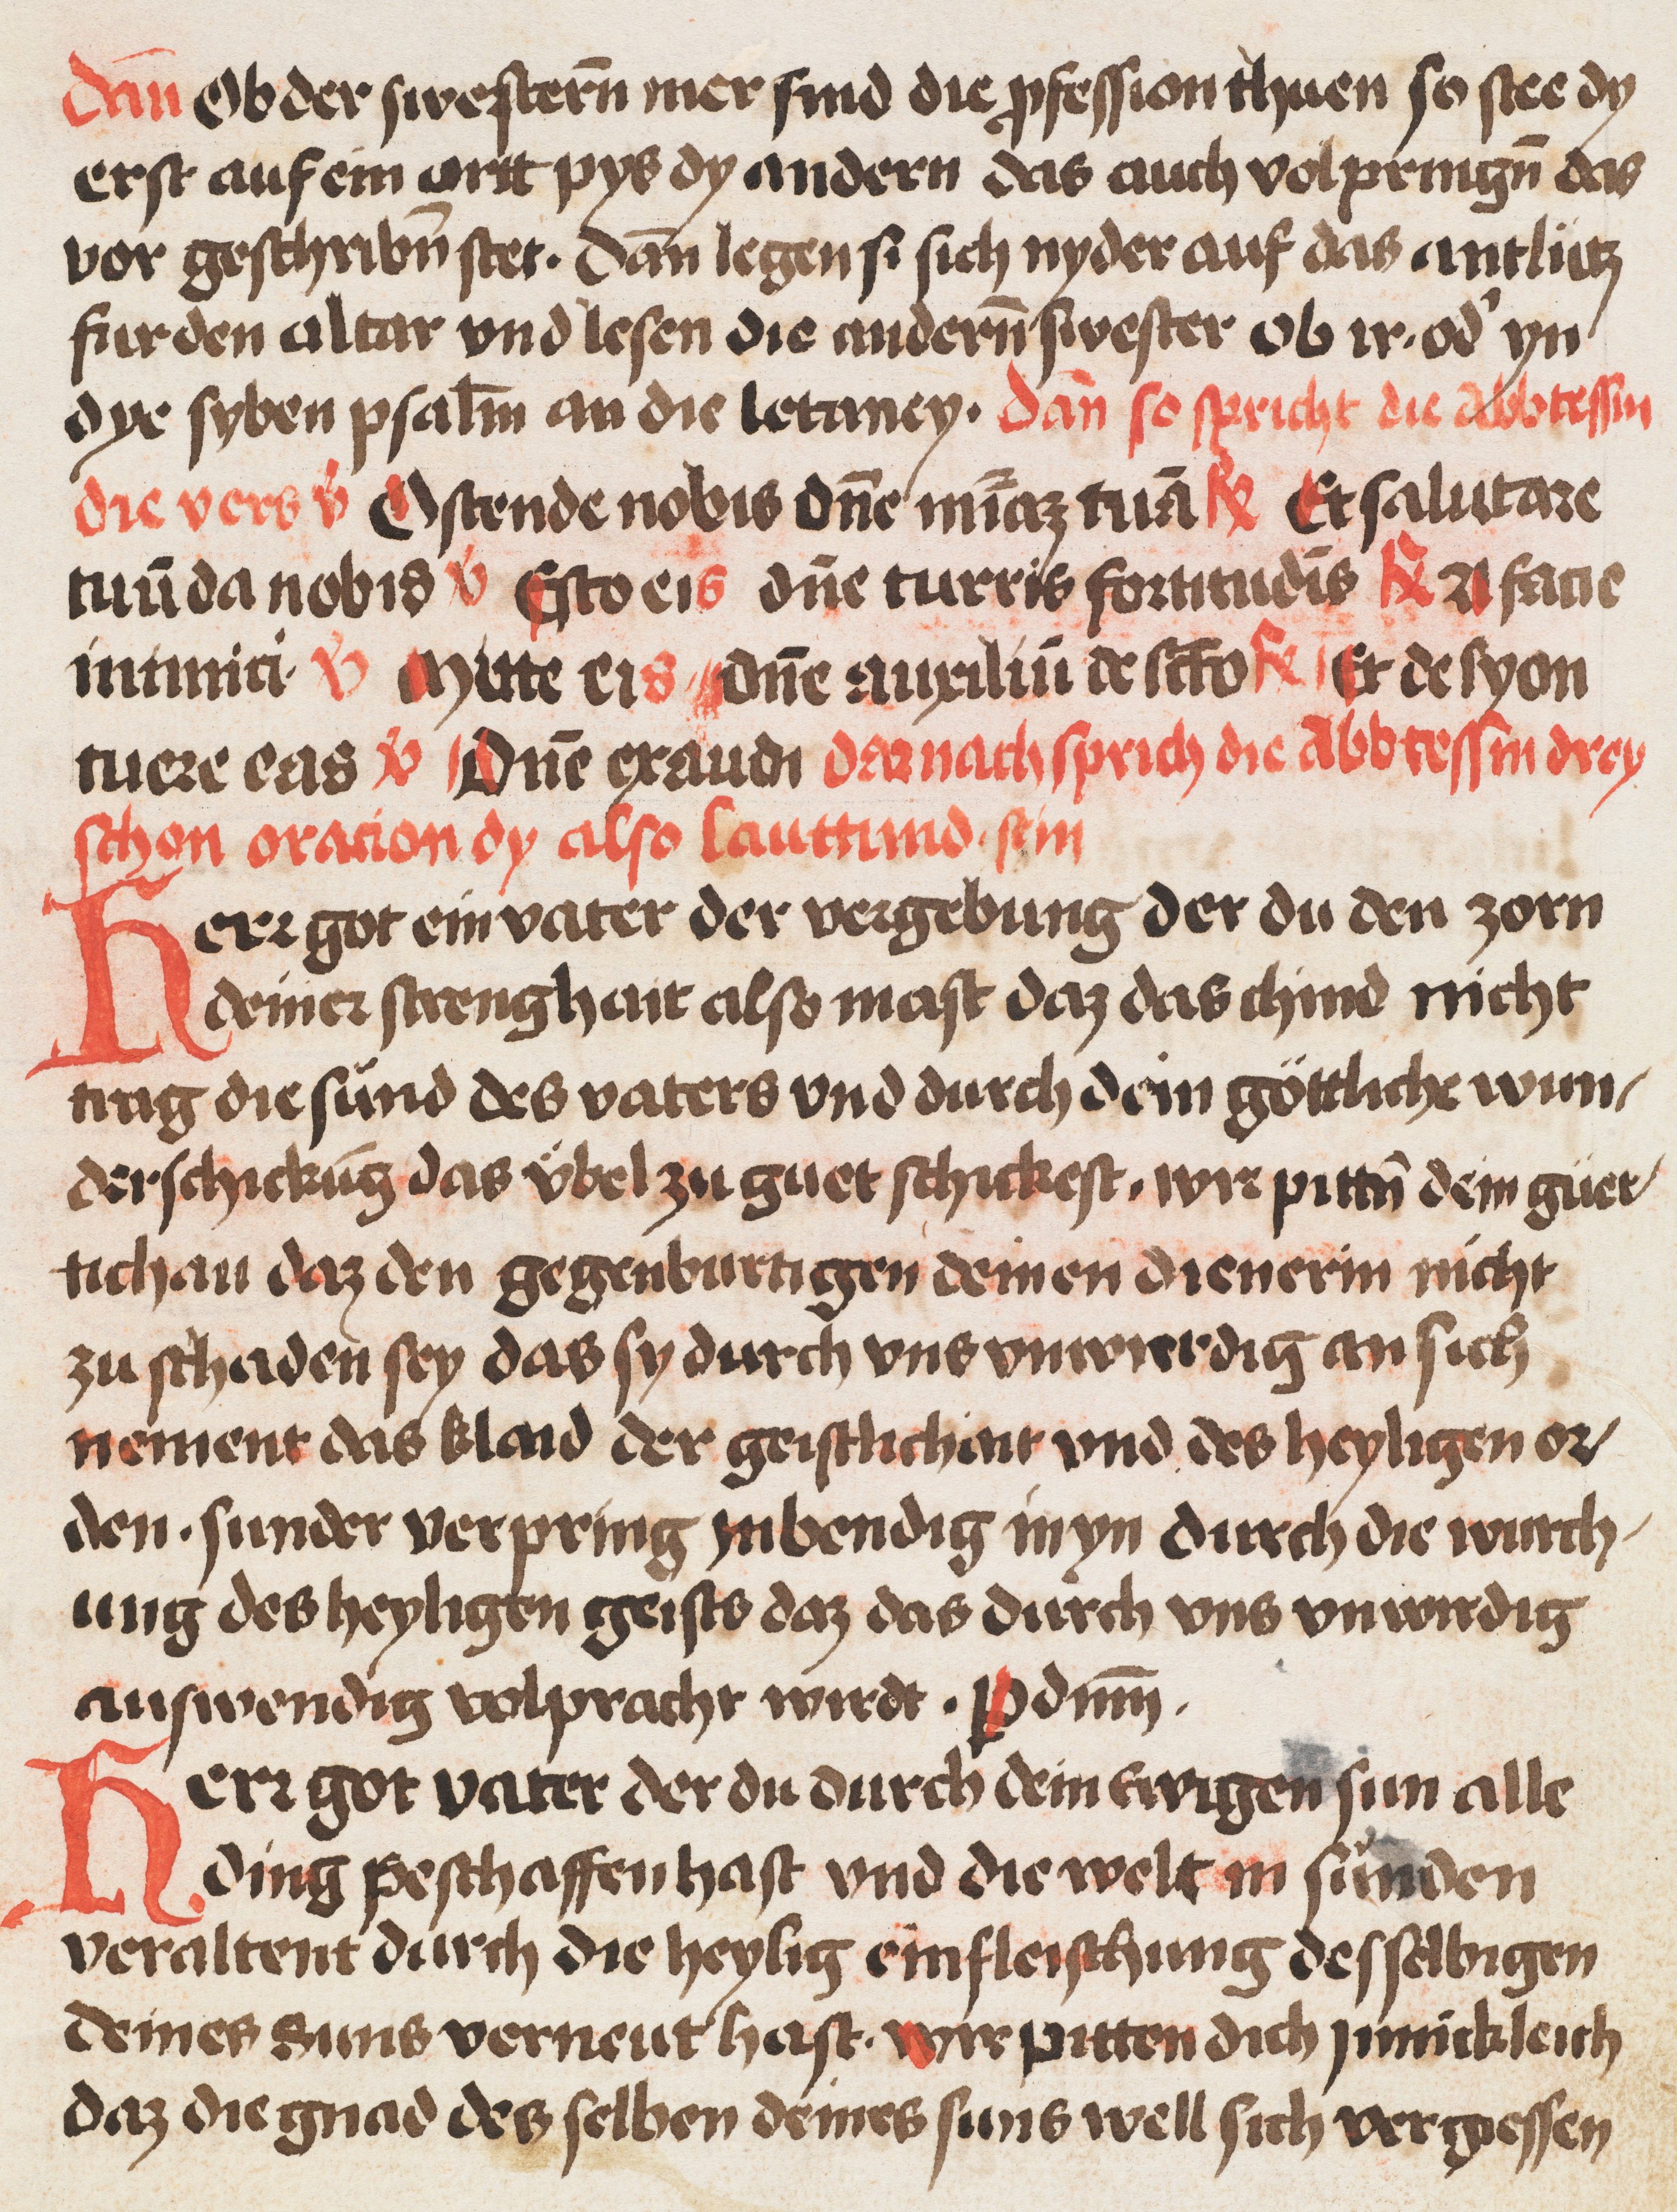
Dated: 1509–1533